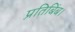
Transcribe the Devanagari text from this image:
प्रतिबिंब।